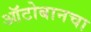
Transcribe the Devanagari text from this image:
ऑटोबानचा